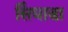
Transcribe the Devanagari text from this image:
सिंघाडा